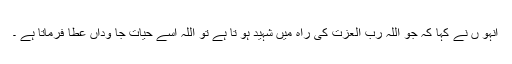
انہو ں نے کہا کہ جو اللہ رب العزت کی راہ میں شہید ہو تا ہے تو اللہ اسے حیات جا وداں عطا فرماتا ہے ۔